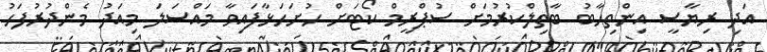
އަދި ރިޔާސީ އިންތިހާބު ބާތިލްކުރުމަށް ސުޕްރީމް ކޯޓަށް ހުށަހަޅާފައިވާ މައްސަލަ މިއަދު މެންދުރުފަހު